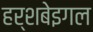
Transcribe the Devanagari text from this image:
हर्शबेइगल